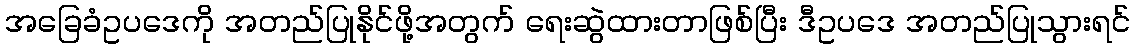
အခြေခံဥပဒေကို အတည်ပြုနိုင်ဖို့အတွက် ရေးဆွဲထားတာဖြစ်ပြီး ဒီဥပဒေ အတည်ပြုသွားရင်